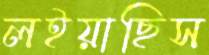
লইয়াছিস